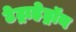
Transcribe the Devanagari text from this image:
टेट्राहेड्रॉन